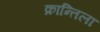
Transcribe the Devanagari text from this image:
क्रान्तिला